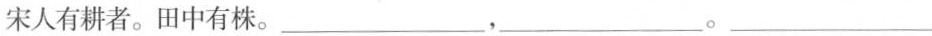
宋人有耕者。田中有株。___，___。___